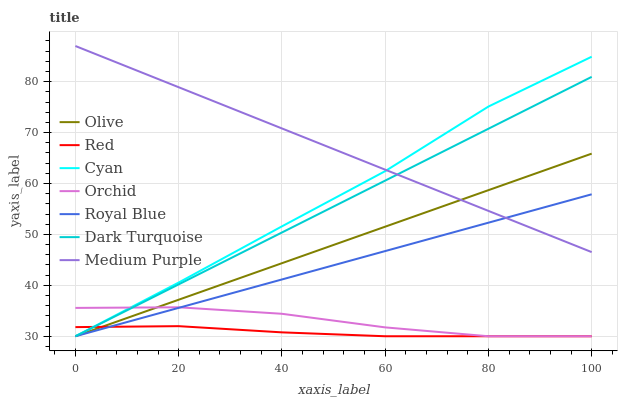
| xaxis_label | Olive | Red | Cyan | Orchid | Royal Blue | Dark Turquoise | Medium Purple |
 | --- | --- | --- | --- | --- | --- | --- | --- |
 | 0 | 30 | 31.8 | 30 | 35.6 | 30 | 30 | 87 |
 | 20 | 37.2 | 32 | 40.5 | 35.7 | 35.6 | 40.2 | 78.9 |
 | 40 | 44.3 | 30.8 | 51.6 | 34.4 | 41.2 | 50.4 | 70.8 |
 | 60 | 51.5 | 30 | 62.4 | 31.7 | 46.7 | 60.6 | 62.7 |
 | 80 | 58.7 | 30 | 75.1 | 30 | 52.3 | 70.8 | 54.6 |
 | 100 | 65.9 | 30 | 84.9 | 30 | 57.9 | 80.9 | 46.5 |